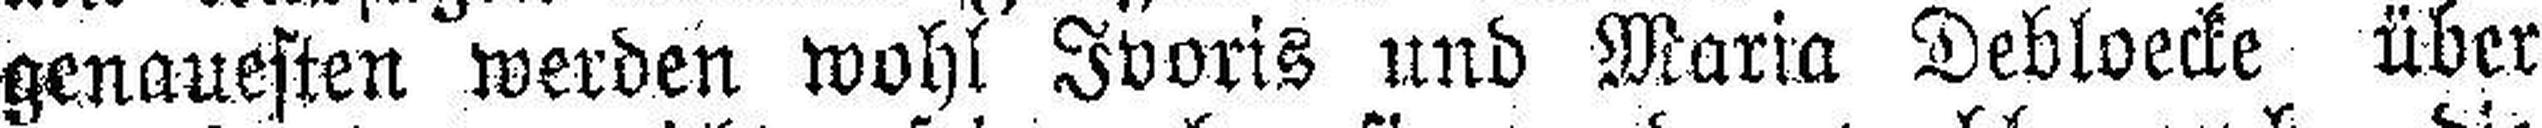
genauesten werden wohl Ivoris und Maria Debloecke über